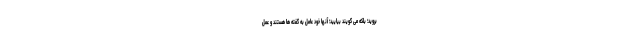
بروید؛ بلکه می گویند بیایید؛ آنها خود عامل به گفته ها هستند و عمل